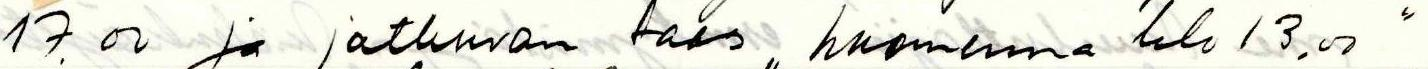
17.00 ja jatkuvan taas ,, huomenna klo 13.00 "